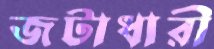
জটাধারী